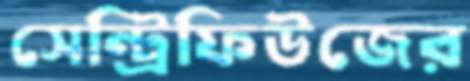
সেন্ট্রিফিউজের